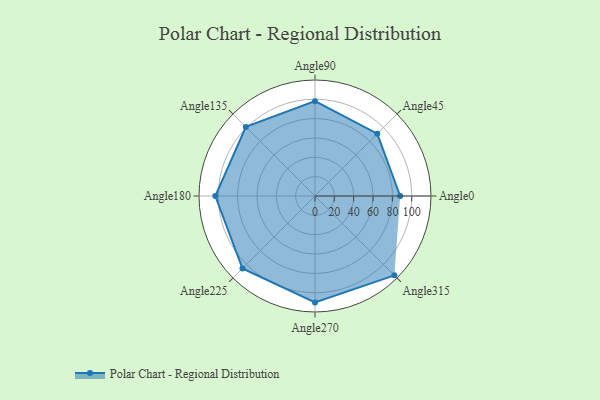
{"axis": {"x": "Angle", "y": "Radius"}, "legend": [""], "data": [{"x": "Angle0", "y": 88.0, "type": ""}, {"x": "Angle45", "y": 91.0, "type": ""}, {"x": "Angle90", "y": 98.0, "type": ""}, {"x": "Angle135", "y": 101.0, "type": ""}, {"x": "Angle180", "y": 103.0, "type": ""}, {"x": "Angle225", "y": 106.0, "type": ""}, {"x": "Angle270", "y": 110.0, "type": ""}, {"x": "Angle315", "y": 116.0, "type": ""}]}